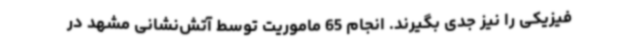
فیزیکی را نیز جدی بگیرند. انجام 65 ماموریت توسط آتش‌نشانی مشهد در